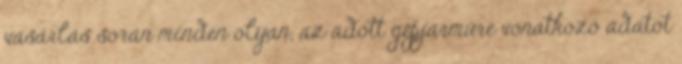
vásárlás során minden olyan, az adott gépjárműre vonatkozó adatot